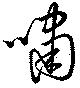
嘯